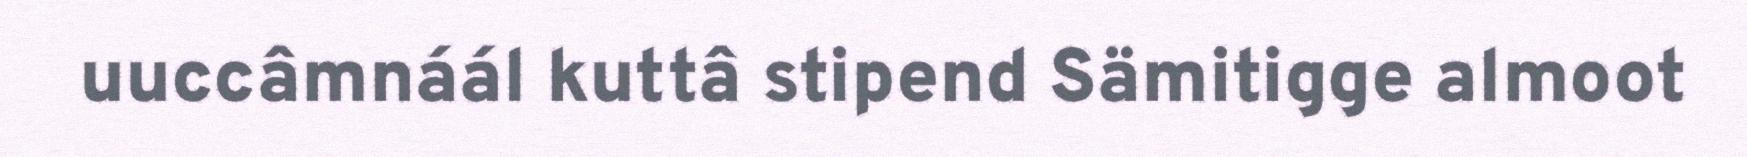
uuccâmnáál kuttâ stipend Sämitigge almoot